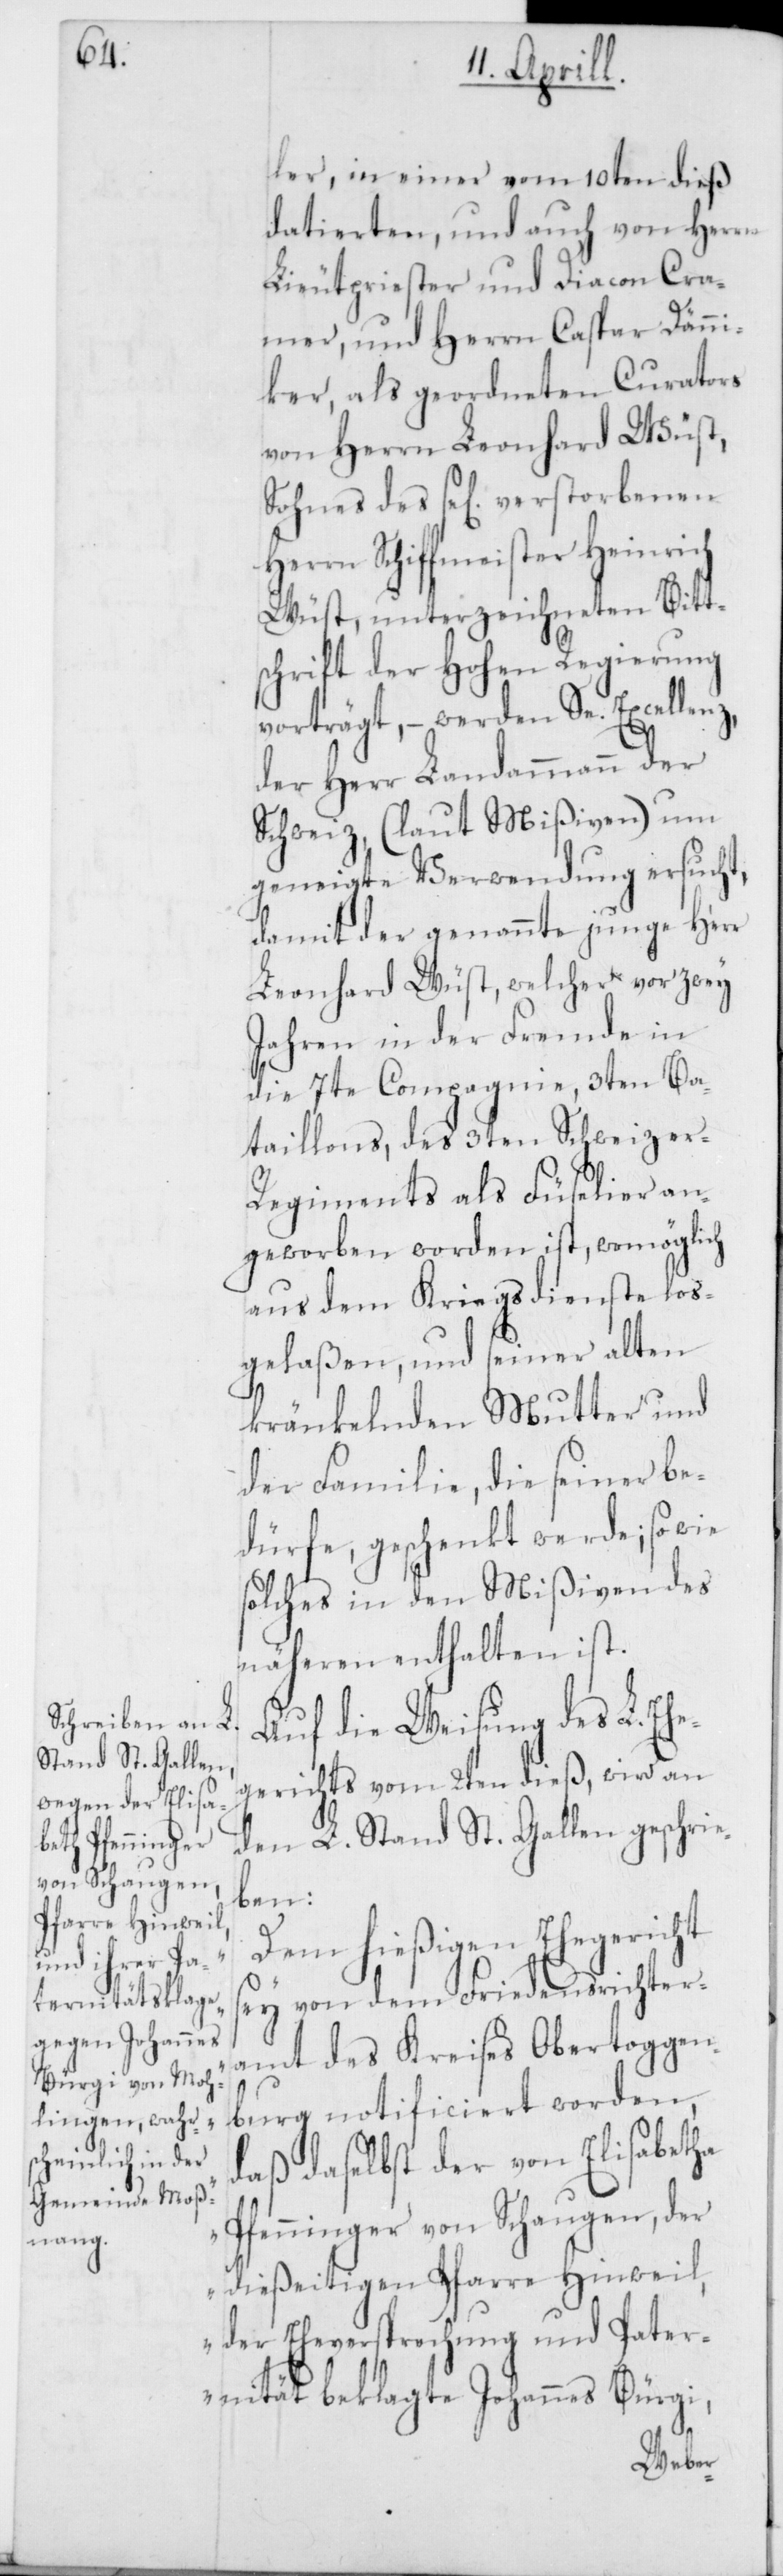
ler, in einer vom 10ten dieß
datierten, und auch von Herrn
Lieutpriester und Diacon Cra¬
mer, und Herrn Caspar Dänni¬
ker, als geordneten Curators
von Herrn Leonhard Wüst,
Sohnes des sel. verstorbenen
Herrn Schiffmeister Heinrich
Wüst, unterzeichneten Bitt¬
schrift der Hohen Regierung
vorträgt, – werden Se. Excellenz,
der Herr Landammann der
Schweiz, (laut Mißiven) um
geneigte Verwendung ersucht,
damit der genannte junge Herr
Leonhard Wüst, welcher vor zwey
Jahren in der Fremde in
die 7te Compagnie, 3ten Ba¬
taillons, des 3ten Schweize¬
r-Regiments als Füselier an¬
geworben worden ist, womöglich
aus dem Kriegsdienste los¬
gelaßen und seiner alten
kränkelnden Mutter und
der Familie, die seiner be¬
dürfe, geschenkt werde; sowie
solches in den Mißiven des
näheren enthalten ist.
Auf die Weisung des L. Eh¬
egerichts vom 2ten dieß, wird an
den L. Stand St. Gallen geschrie¬
ben:
„Dem hießigen Ehegericht
sei von dem Friedensrichter¬
amt des Kreises Obertoggen¬
burg notificiert worden,
daß daselbst der von Elisabetha
Pfenninger von Schaugen, der
dießeitigen Pfarre Hinweil,
der Eheversprechung und Pater¬
nität beklagte Johannes Bürgi,